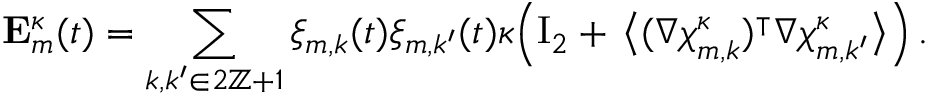
\mathbf { E } _ { m } ^ { \kappa } ( t ) = \sum _ { k , k ^ { \prime } \in 2 \ensuremath { \mathbb { Z } } + 1 } \xi _ { m , k } ( t ) \xi _ { m , k ^ { \prime } } ( t ) \kappa \Bigl ( \ensuremath { \mathrm { I } _ { 2 } } + \, \bigl \langle ( \nabla { \boldsymbol { \chi } } _ { m , k } ^ { \kappa } ) ^ { \intercal } \nabla { \boldsymbol { \chi } } _ { m , k ^ { \prime } } ^ { \kappa } \bigr \rangle \Bigr ) \, .